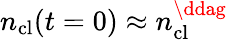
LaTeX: n_{\mathrm{cl}}(t=0)\approx n_{\mathrm{cl}}^{\ddag}